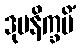
ဒုပနိက္ခမိံ